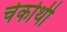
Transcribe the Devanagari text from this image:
चेकोथी